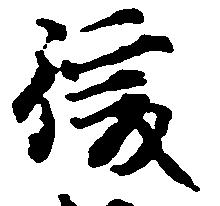
後